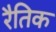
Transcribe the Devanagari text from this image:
रैतिक